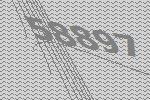
58897